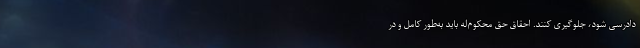
دادرسی شود، جلوگیری کنند. احقاق حق محکوم‌له باید به‌طور کامل و در